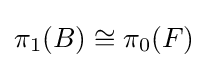
\pi _{1}(B)\cong \pi _{0}(F)